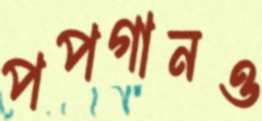
পপগানও